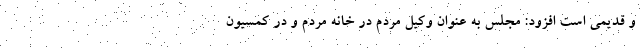
و قدیمی است افزود: مجلس به عنوان وکیل مردم در خانه مردم و در کمسیون